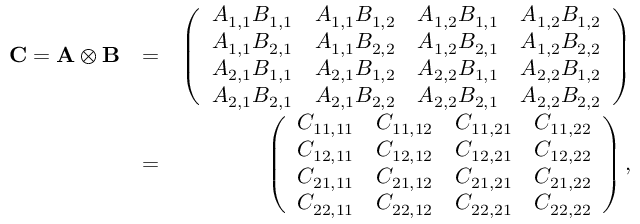
\begin{array} { r l r } { \ensuremath { \mathbf { C } } = \bf { A } \otimes \bf { B } } & { = } & { \left( \begin{array} { l l l l } { A _ { 1 , 1 } B _ { 1 , 1 } } & { A _ { 1 , 1 } B _ { 1 , 2 } } & { A _ { 1 , 2 } B _ { 1 , 1 } } & { A _ { 1 , 2 } B _ { 1 , 2 } } \\ { A _ { 1 , 1 } B _ { 2 , 1 } } & { A _ { 1 , 1 } B _ { 2 , 2 } } & { A _ { 1 , 2 } B _ { 2 , 1 } } & { A _ { 1 , 2 } B _ { 2 , 2 } } \\ { A _ { 2 , 1 } B _ { 1 , 1 } } & { A _ { 2 , 1 } B _ { 1 , 2 } } & { A _ { 2 , 2 } B _ { 1 , 1 } } & { A _ { 2 , 2 } B _ { 1 , 2 } } \\ { A _ { 2 , 1 } B _ { 2 , 1 } } & { A _ { 2 , 1 } B _ { 2 , 2 } } & { A _ { 2 , 2 } B _ { 2 , 1 } } & { A _ { 2 , 2 } B _ { 2 , 2 } } \end{array} \right) } \\ & { = } & { \left( \begin{array} { l l l l } { C _ { 1 1 , 1 1 } } & { C _ { 1 1 , 1 2 } } & { C _ { 1 1 , 2 1 } } & { C _ { 1 1 , 2 2 } } \\ { C _ { 1 2 , 1 1 } } & { C _ { 1 2 , 1 2 } } & { C _ { 1 2 , 2 1 } } & { C _ { 1 2 , 2 2 } } \\ { C _ { 2 1 , 1 1 } } & { C _ { 2 1 , 1 2 } } & { C _ { 2 1 , 2 1 } } & { C _ { 2 1 , 2 2 } } \\ { C _ { 2 2 , 1 1 } } & { C _ { 2 2 , 1 2 } } & { C _ { 2 2 , 2 1 } } & { C _ { 2 2 , 2 2 } } \end{array} \right) , } \end{array}